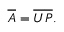
{ \overline { { A } } } = { \overline { { U } } } { \overline { { P } } } .